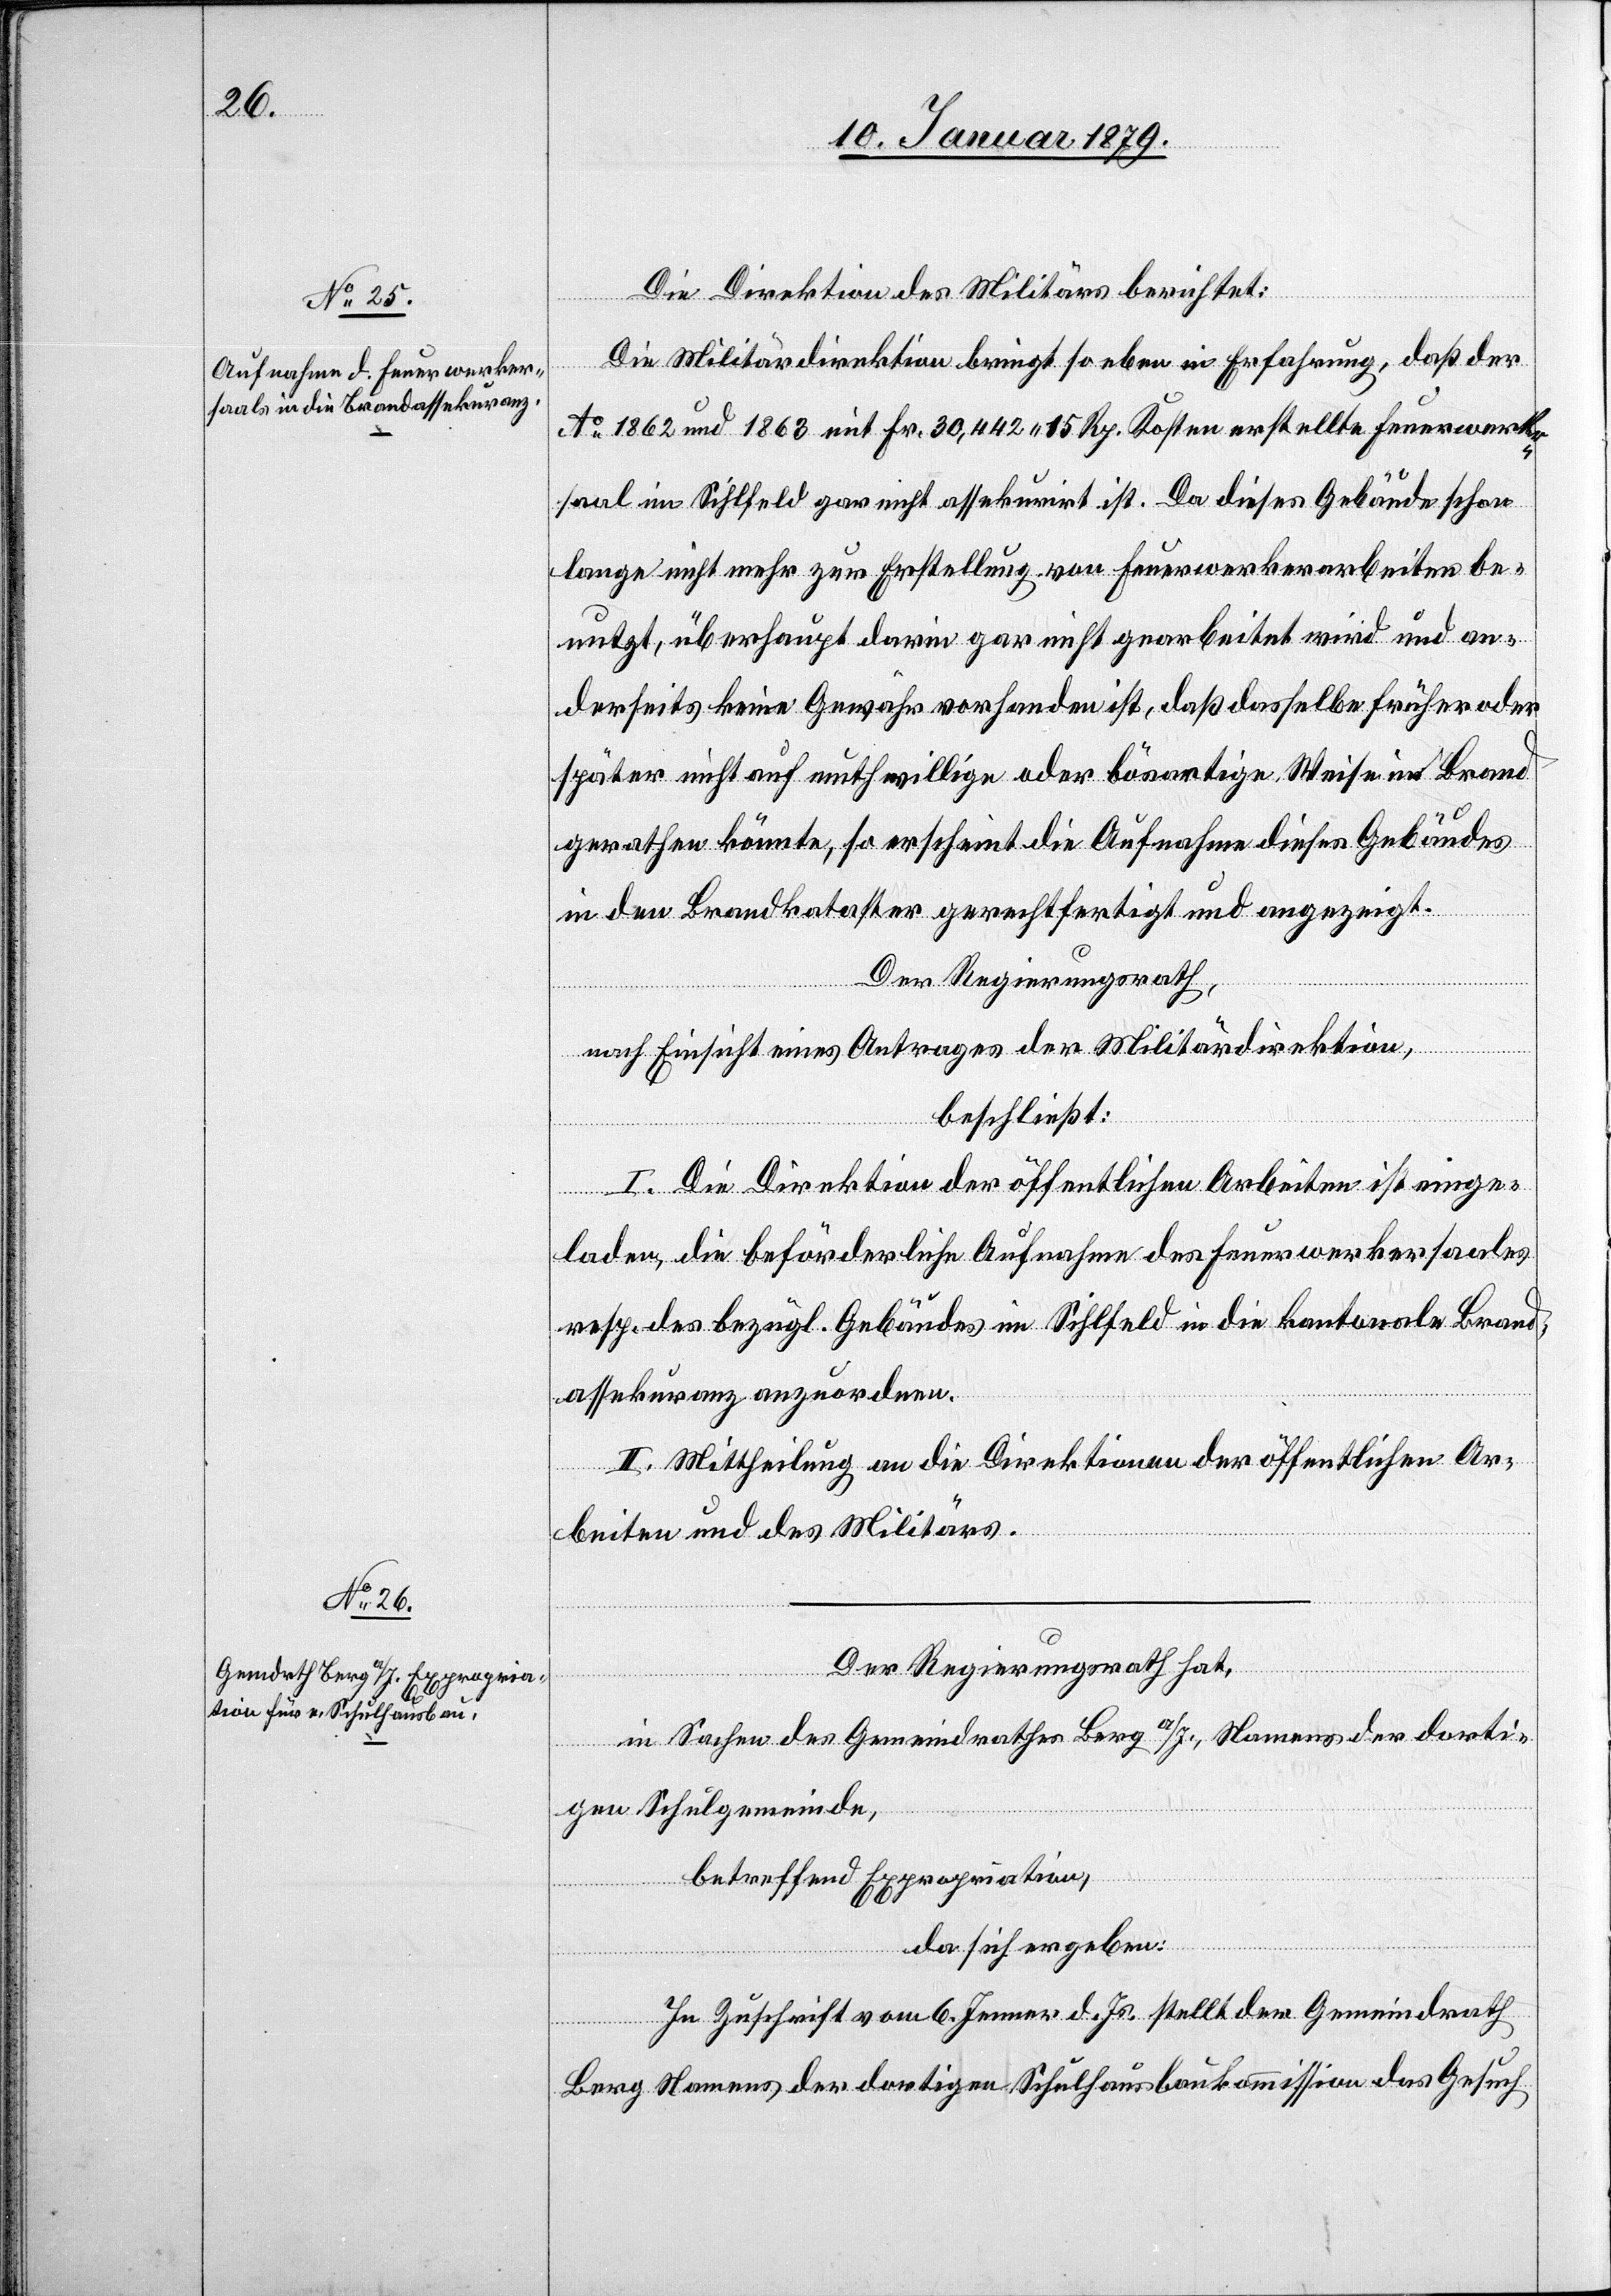
Die Direktion des Militärs berichtet:
Die Militärdirektion bringt so eben in Erfahrung, daß der
Ao 1862 und 1863 mit Fr. 30,442.15 Rp. Kosten erstellte Feuerwerker¬
saal im Sihlfeld gar nicht assekurirt ist. Da dieses Gebäude schon
lange nicht mehr zur Erstellung von Feuerwerkerarbeiten be¬
nutzt, überhaupt darin gar nicht gearbeitet wird und an¬
derseits keine Gewähr vorhanden ist, daß dasselbe früher oder
später nicht auf muthwillige oder bösartige Weise in Brand
gerathen könnte, so erscheint die Aufnahme dieses Gebäudes
in den Brandkataster gerechtfertigt und angezeigt.
Der Regierungsrath,
nach Einsicht eines Antrages der Militärdirektion,
beschließt:
I. Die Direktion der öffentlichen Arbeiten ist einge¬
laden, die beförderliche Aufnahme des Feuerwerkersaales
resp. des bezügl. Gebäudes im Sihlfeld in die kantonale Brand¬
assekuranz anzuordnen.
II. Mittheilung an die Direktionen der öffentlichen Ar¬
beiten und des Militärs.
Der Regierungsrath hat,
in Sachen des Gemeindrathes Berg a/I., Namens der dorti¬
gen Schulgemeinde,
betreffend Expropriation,
da sich ergeben:
In Zuschrift vom 6. Jenner d. Js. stellt der Gemeindrath
Berg Namens der dortigen Schulhausbaukommission das Gesuch